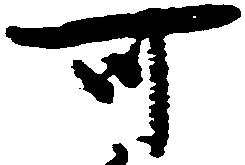
可